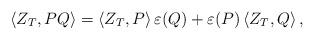
LaTeX: \begin{align*}\langle Z_T , PQ \rangle = \langle Z_T , P \rangle \, \varepsilon (Q) + \varepsilon (P) \, \langle Z_T , Q \rangle \, , \end{align*}